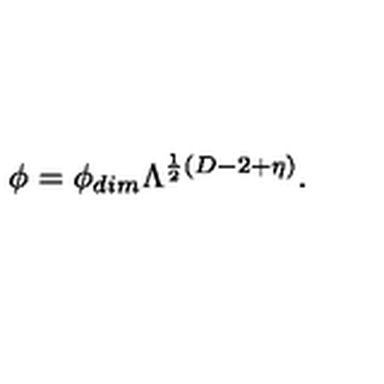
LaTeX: \phi = \phi _ { d i m } \Lambda ^ { \frac { 1 } { 2 } ( D - 2 + \eta ) } .